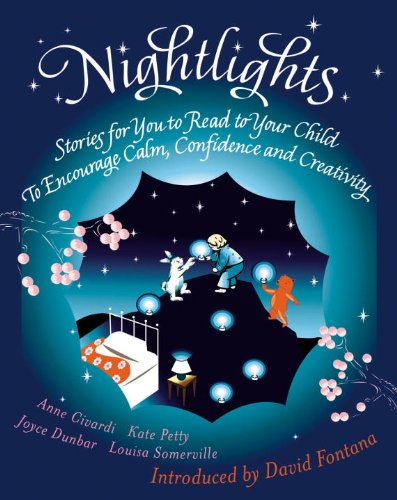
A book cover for Nightlights: Stories for You to Read to Your Child - To Encourage Calm, Confidence and Creativity; Kate Petty; Children's Books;